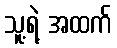
သူ့ရဲ့ အထက်